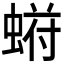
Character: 𬠙